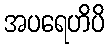
အပရေဟိပိ